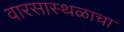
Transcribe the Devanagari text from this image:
वारसास्थळाचा